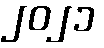
၂၀၂၁